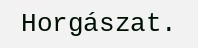
Horgászat.